Reports on dispensaries and lunatic asylums in the Province of Oudh - 1869-1876
Year: 1869
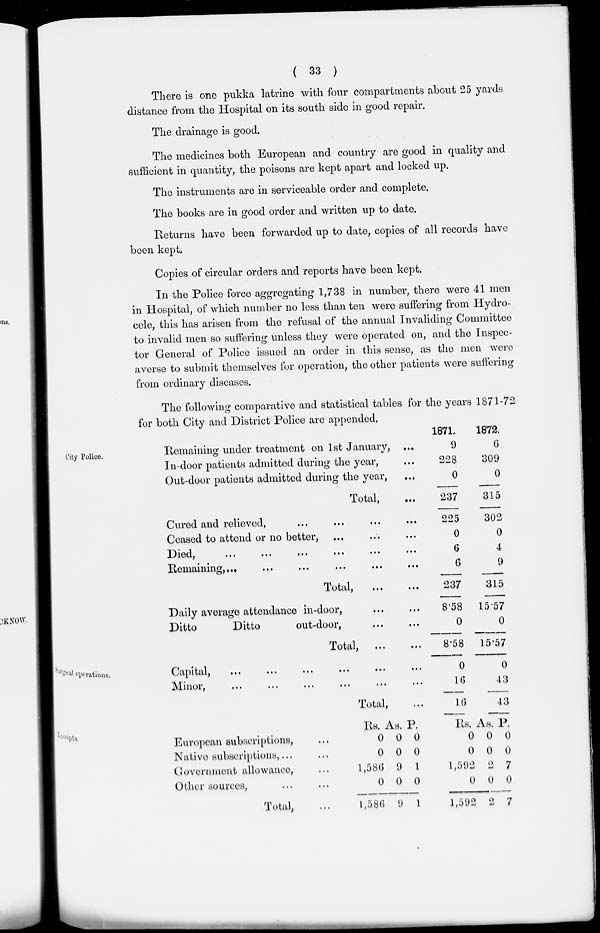
( 33 )
There is one pukka latrine with four compartments about 25 yards
distance from the Hospital on its south side in good repair.
The drainage is good.
The medicines both European and country are good in quality and
sufficient in quantity, the poisons are kept apart and locked up.
The instruments are in serviceable order and complete.
The books are in good order and written up to date.
Returns have been forwarded up to date, copies of all records have
been kept.
Copies of circular orders and reports have been kept.
In the Police force aggregating 1,738 in number, there were 41 men
in Hospital, of which number no less than ten were suffering from Hydro-
cele, this has arisen from the refusal of the annual Invaliding Committee
to invalid men so suffering unless they were operated on, and the Inspec-
tor General of Police issued an order in this sense, as the men were
averse to submit themselves for operation, the other patients were suffering
from ordinary diseases.
The following comparative and statistical tables for the years 1871-72
for both City and District Police are appended.
City Police.
Remaining under treatment on 1st January, ...
In-door patients admitted during the year, ...
Out-door patients admitted during the year, ...
Total, ...
Cured and relieved, ... ... ... ...
Ceased to attend or no better, ... ... ...
Died, ... ... ... ... ... ...
Remaining,
...
...
...
... ... ...
Total, ... ...
Daily average attendance in-door, ... ...
Ditto
Ditto
out-door, ... ...
Total, ... ...
1871.
9
228
0
237
225
0
6
6
237
8.58
0
8.58
1872.
6
309
0
315
302
0
4
9
315
15.57
0
15.57
Surgical operations.
Capital, ... ... ... ... ... ...
Minor, ... ... ... ... ... ...
Total, ...
0
16
16
0
43
43
Receipts,
European subscriptions, ...
Native subscriptions, ... ...
Govermnent allowance, ...
Other sources, ... ...
Total, ...
Rs.
0
0
1,586
0
1,586
As.
0
0
9
0
9
P.
0
0
1
0
1
Rs.
0
0
1,592
0
1,592
As.
0
0
2
0
2
P.
0
0
7
0
7